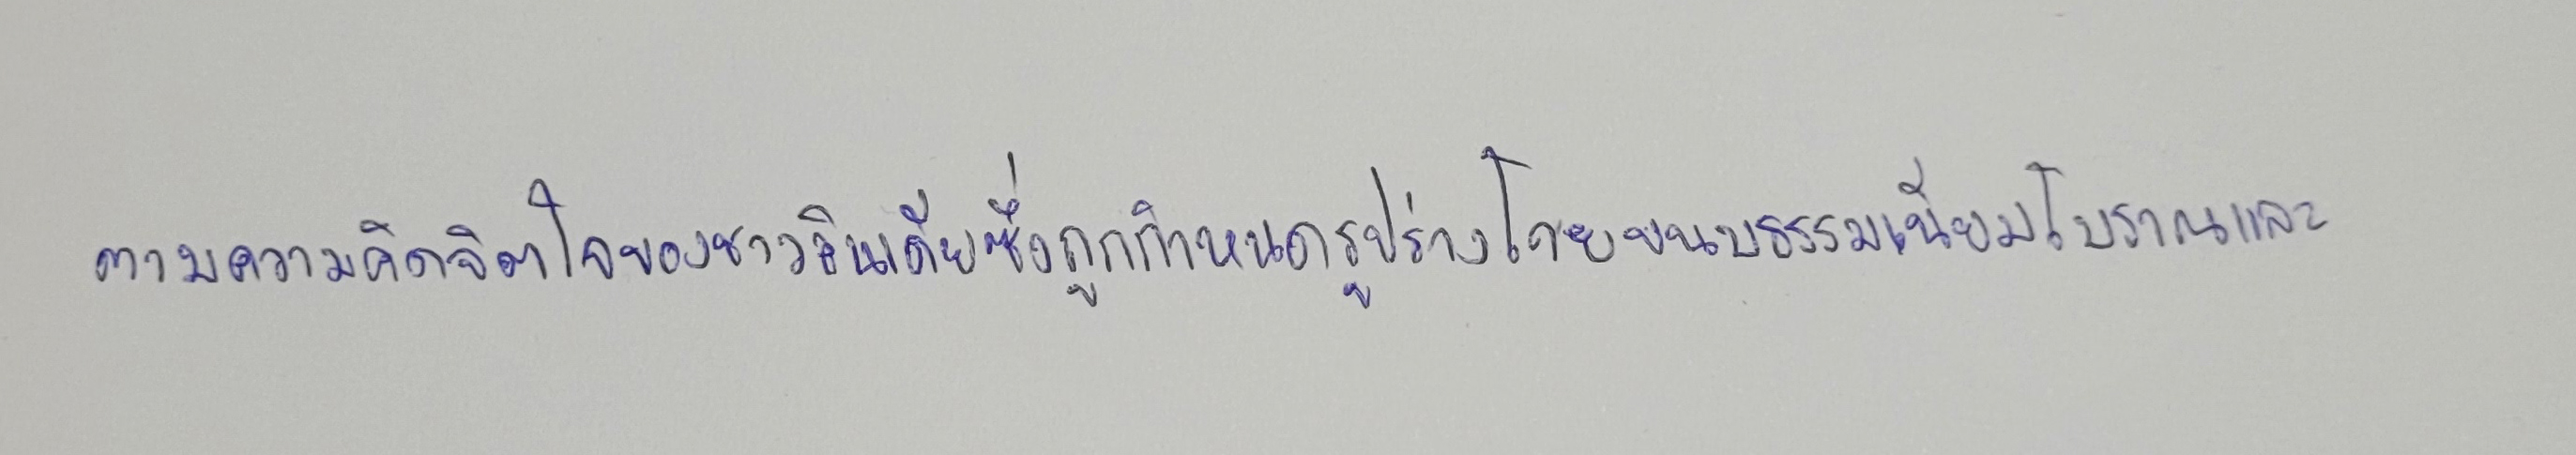
ตามความคิดจิตใจของชาวอินเดียซึ่งถูกกำหนดรูปร่างโดยขนบธรรมเนียมโบราณและ